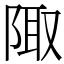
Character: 陬